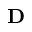
\bf D